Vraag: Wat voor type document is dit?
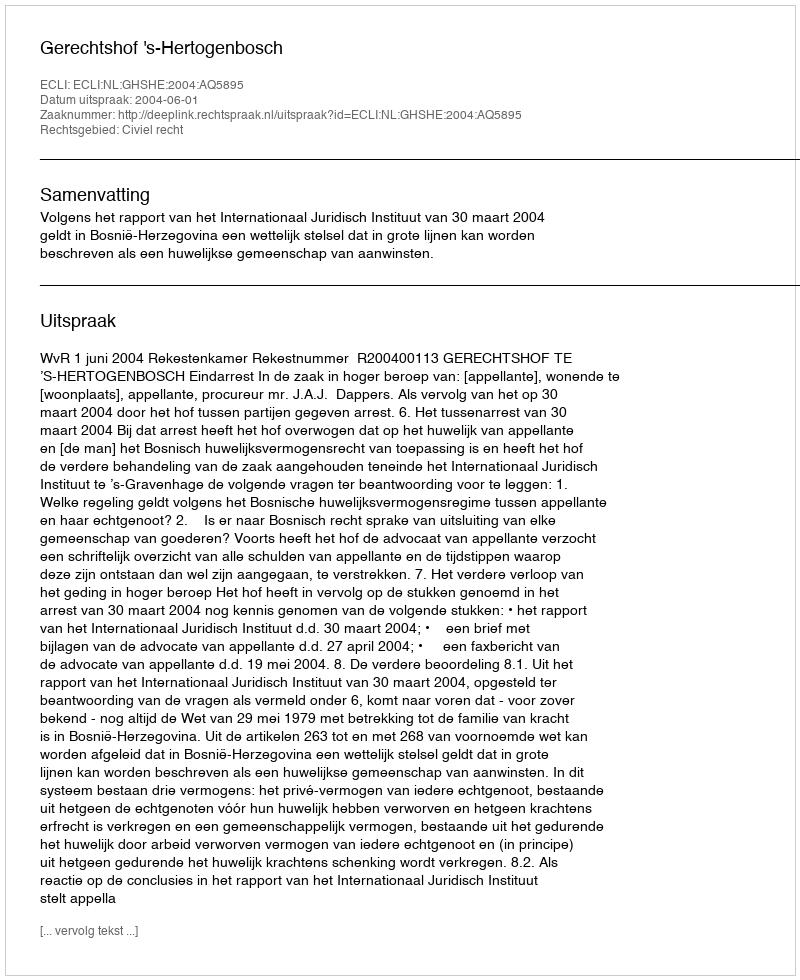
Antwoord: Uitspraak